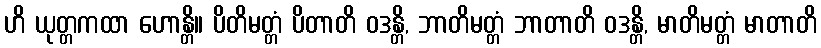
ဟိ ယုတ္တကထာ ဟောန္တိ။ ပိတိမတ္တံ ပိတာတိ ဝဒန္တိ, ဘာတိမတ္တံ ဘာတာတိ ဝဒန္တိ, မာတိမတ္တံ မာတာတိ